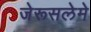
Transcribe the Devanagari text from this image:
जेरूसलेमे